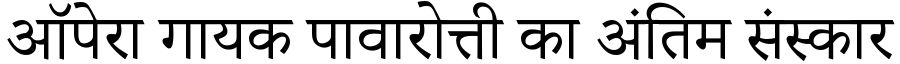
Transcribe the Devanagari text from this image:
ऑपेरा गायक पावारोत्ती का अंतिम संस्कार